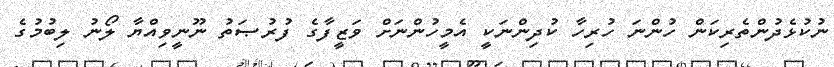
ނުކުޅެދުންތެރިކަން ހުންނަ ހުރިހާ ކުދިންނަކީ އެމީހުންނަށް ވަޒީފާގެ ފުރުޞަތު ނޫނީވިއްޔާ ލޯނު ލިބުމުގެ